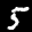
Label: 5